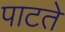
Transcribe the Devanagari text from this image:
पाटते